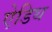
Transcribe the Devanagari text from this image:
ऐडिथ